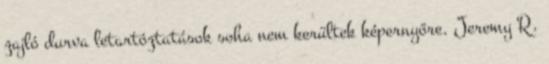
zajló durva letartóztatások soha nem kerültek képernyőre. Jeremy R.